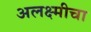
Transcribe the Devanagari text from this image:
अलक्ष्मीचा